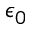
\epsilon _ { 0 }